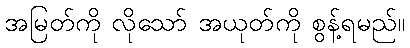
အမြတ်ကို လိုသော် အယုတ်ကို စွန့်ရမည်။